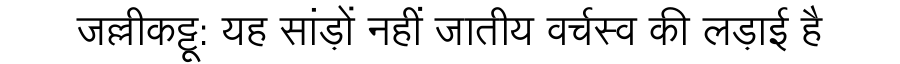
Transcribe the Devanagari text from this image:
जल्लीकट्टू: यह सांड़ों नहीं जातीय वर्चस्व की लड़ाई है